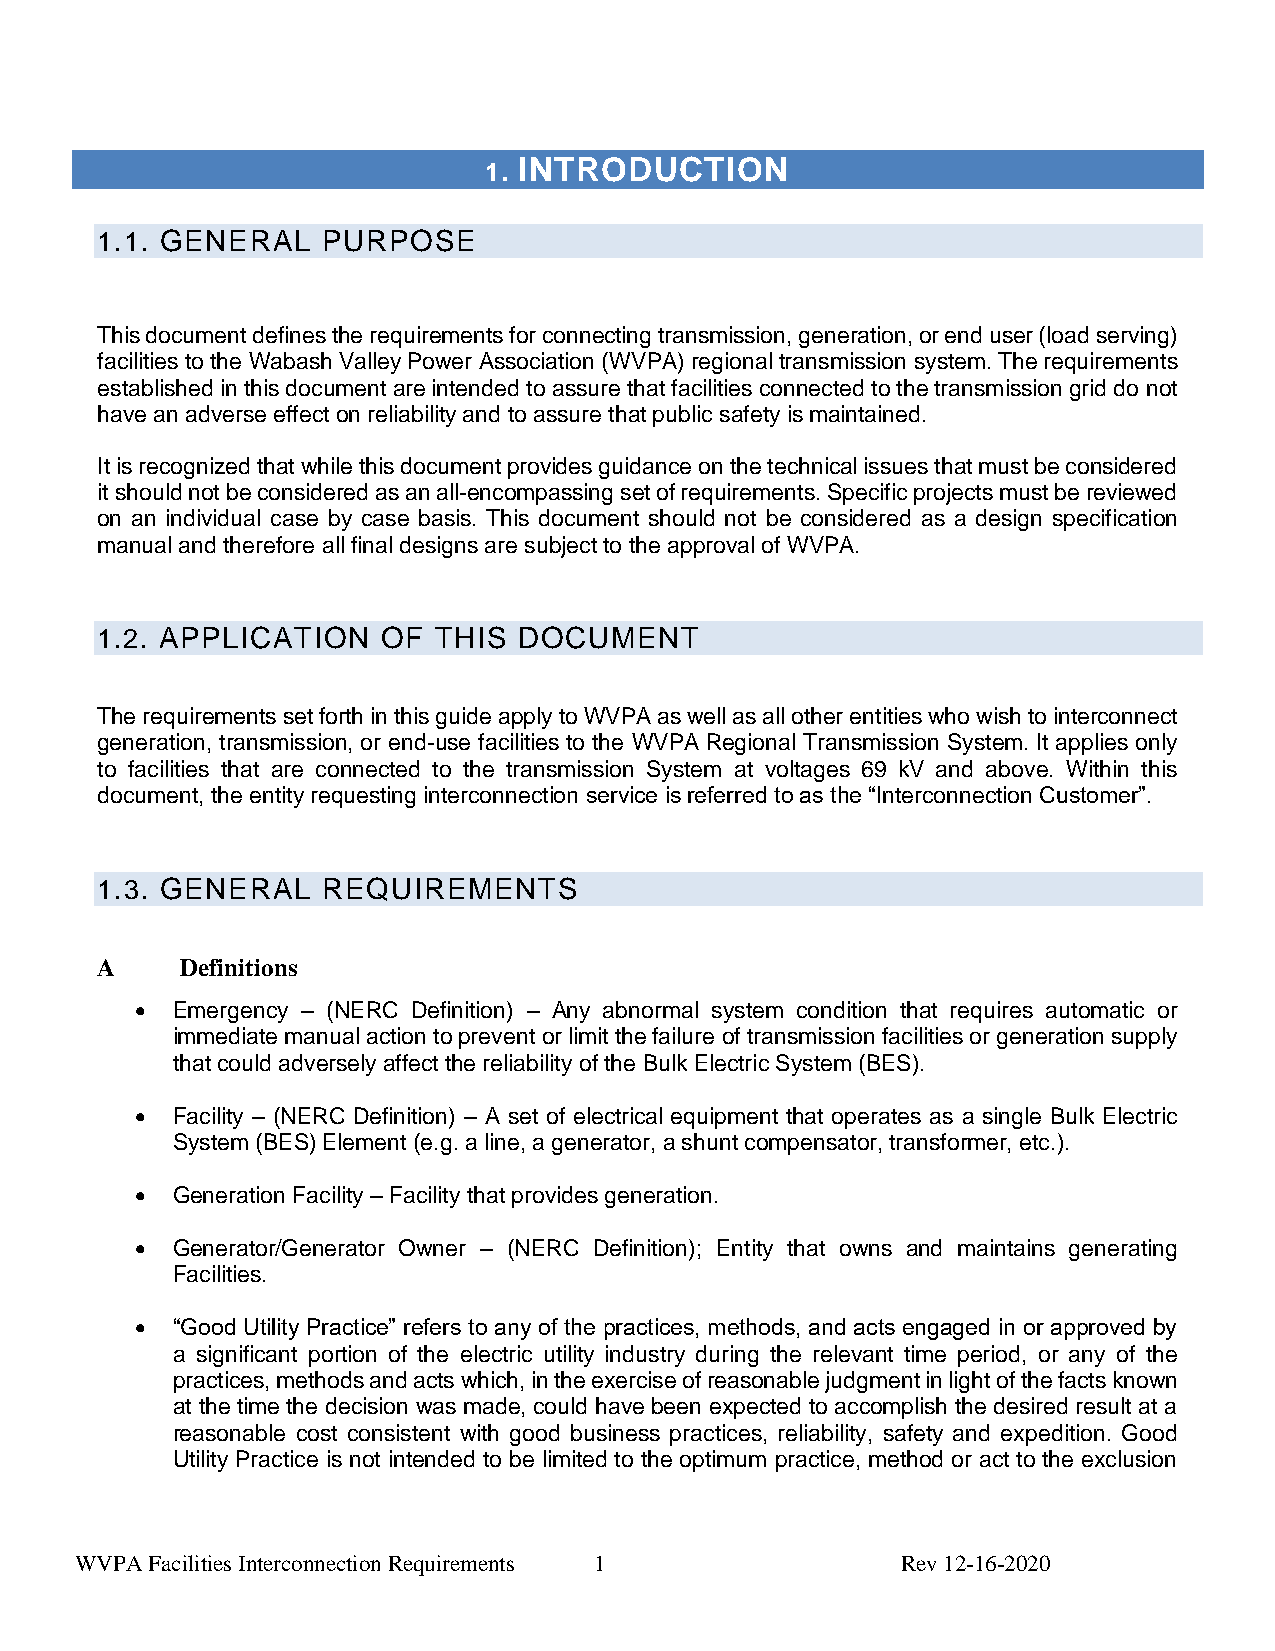
1. INTRODUCTION
 1.1. GENERAL   PURPOSE
 This document defines the requirements for connecting transmission, generation, or end user (load serving)
 facilities to the Wabash Valley Power Association (WVPA) regional transmission system. The requirements
 established in this document are intended to assure that facilities connected to the transmission grid do not
 have an adverse effect on reliability and to assure that public safety is maintained.
 It is recognized that while this document provides guidance on the technical issues that must be considered
 it should not be considered as an all-encompassing set of requirements. Specific projects must be reviewed
 on an individual case by case basis. This document should not be considered as a design specification
 manual and therefore all final designs are subject to the approval of WVPA.
 1.2. APPLICATION   OF  THIS DOCUMENT
 The requirements set forth in this guide apply to WVPA as well as all other entities who wish to interconnect
 generation, transmission, or end-use facilities to the WVPA Regional Transmission System. It applies only
 to facilities that are connected to the transmission System at voltages 69 kV and above. Within this
 document, the entity requesting interconnection service is referred to as the “Interconnection Customer”.
 1.3. GENERAL   REQUIREMENTS
 A     Definitions
 • Emergency – (NERC Definition) – Any abnormal system condition that requires automatic or
 immediate manual action to prevent or limit the failure of transmission facilities or generation supply
 that could adversely affect the reliability of the Bulk Electric System (BES).
 • Facility – (NERC Definition) – A set of electrical equipment that operates as a single Bulk Electric
 System (BES) Element (e.g. a line, a generator, a shunt compensator, transformer, etc.).
 • Generation Facility – Facility that provides generation.
 • Generator/Generator Owner – (NERC Definition); Entity that owns and maintains generating
 Facilities.
 • “Good Utility Practice” refers to any of the practices, methods, and acts engaged in or approved by
 a significant portion of the electric utility industry during the relevant time period, or any of the
 practices, methods and acts which, in the exercise of reasonable judgment in light of the facts known
 at the time the decision was made, could have been expected to accomplish the desired result at a
 reasonable cost consistent with good business practices, reliability, safety and expedition. Good
 Utility Practice is not intended to be limited to the optimum practice, method or act to the exclusion
 WVPA Facilities Interconnection Requirements 1         Rev 12-16-2020